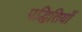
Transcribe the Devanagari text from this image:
पद्धितियों